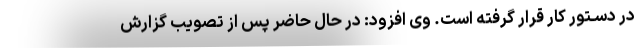
در دسـتور کار قرار گرفته است. وی افزود: در حال حاضر پس از تصویب گزارش